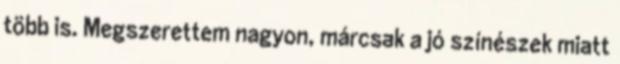
több is. Megszerettem nagyon, márcsak a jó színészek miatt